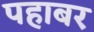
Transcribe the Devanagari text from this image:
पहाबर